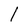
Character: l